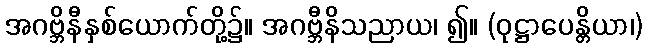
အဂဗ္ဘိနီနှစ်ယောက်တို့၌။ အဂဗ္ဘီနိသညာယ၊ ၍။ (ဝုဋ္ဌာပေန္တိယာ၊)